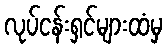
လုပ်ငန်းရှင်များထံမှ